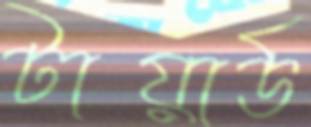
টায়ার্ড